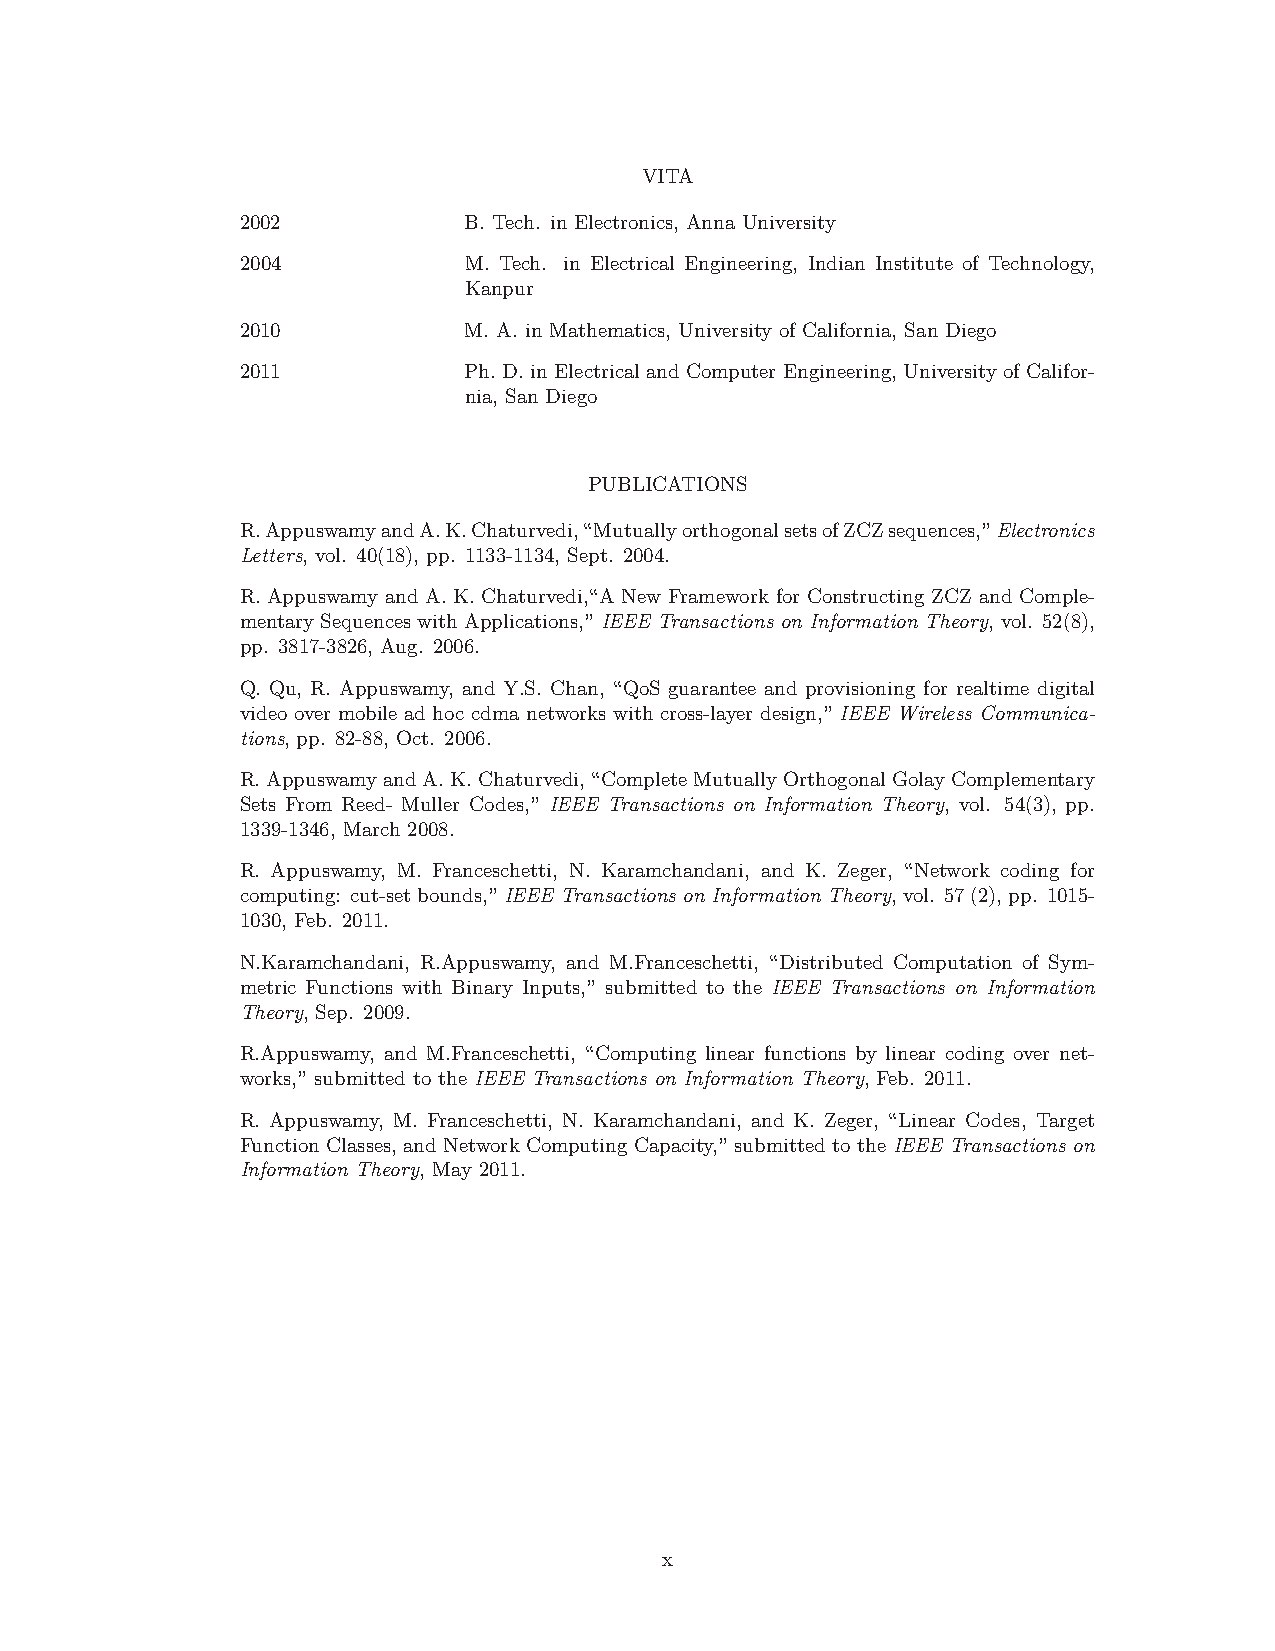
VITA
 2002           B. Tech. in Electronics, Anna University
 2004           M. Tech. in Electrical Engineering, Indian Institute of Technology,
 Kanpur
 2010           M. A. in Mathematics, University of California, San Diego
 2011           Ph. D. in Electrical and Computer Engineering, University of Califor-
 nia, San Diego
 PUBLICATIONS
 R.AppuswamyandA.K.Chaturvedi,“MutuallyorthogonalsetsofZCZsequences,”Electronics
 Letters, vol. 40(18), pp. 1133-1134, Sept. 2004.
 R. Appuswamy and A. K. Chaturvedi,“A New Framework for Constructing ZCZ and Comple-
 mentary Sequences with Applications,” IEEE Transactions on Information Theory, vol. 52(8),
 pp. 3817-3826, Aug. 2006.
 Q. Qu, R. Appuswamy, and Y.S. Chan, “QoS guarantee and provisioning for realtime digital
 video over mobile ad hoc cdma networks with cross-layer design,” IEEE Wireless Communica-
 tions, pp. 82-88, Oct. 2006.
 R.AppuswamyandA.K.Chaturvedi,“CompleteMutuallyOrthogonalGolayComplementary
 Sets From Reed- Muller Codes,” IEEE Transactions on Information Theory, vol. 54(3), pp.
 1339-1346, March 2008.
 R. Appuswamy, M. Franceschetti, N. Karamchandani, and K. Zeger, “Network coding for
 computing: cut-setbounds,”IEEE Transactions on Information Theory,vol. 57(2),pp. 1015-
 1030, Feb. 2011.
 N.Karamchandani, R.Appuswamy, and M.Franceschetti, “Distributed Computation of Sym-
 metric Functions with Binary Inputs,” submitted to the IEEE Transactions on Information
 Theory, Sep. 2009.
 R.Appuswamy, and M.Franceschetti, “Computing linear functions by linear coding over net-
 works,” submitted to the IEEE Transactions on Information Theory, Feb. 2011.
 R. Appuswamy, M. Franceschetti, N. Karamchandani, and K. Zeger, “Linear Codes, Target
 Function Classes, and Network Computing Capacity,” submitted to the IEEE Transactions on
 Information Theory, May 2011.
 x